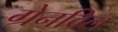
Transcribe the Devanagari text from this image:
ग्रेनविल